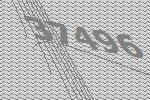
37496